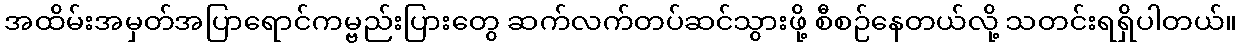
အထိမ်းအမှတ်အပြာရောင်ကမ္ဗည်းပြားတွေ ဆက်လက်တပ်ဆင်သွားဖို့ စီစဉ်နေတယ်လို့ သတင်းရရှိပါတယ်။